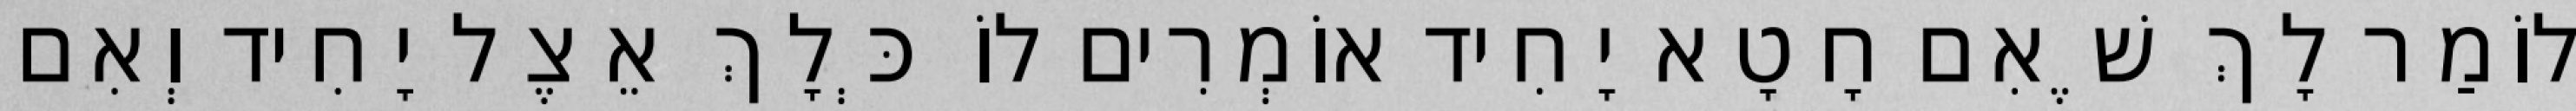
לוֹמַר לָךְ שֶׁאִם חָטָא יָחִיד אוֹמְרִים לוֹ כְּלָךְ אֵצֶל יָחִיד וְאִם